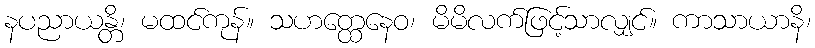
နပညာယန္တိ၊ မထင်ကုန်။ သဟတ္ထေနေဝ၊ မိမိလက်ဖြင့်သာလျှင်။ ကာသာယာနိ၊